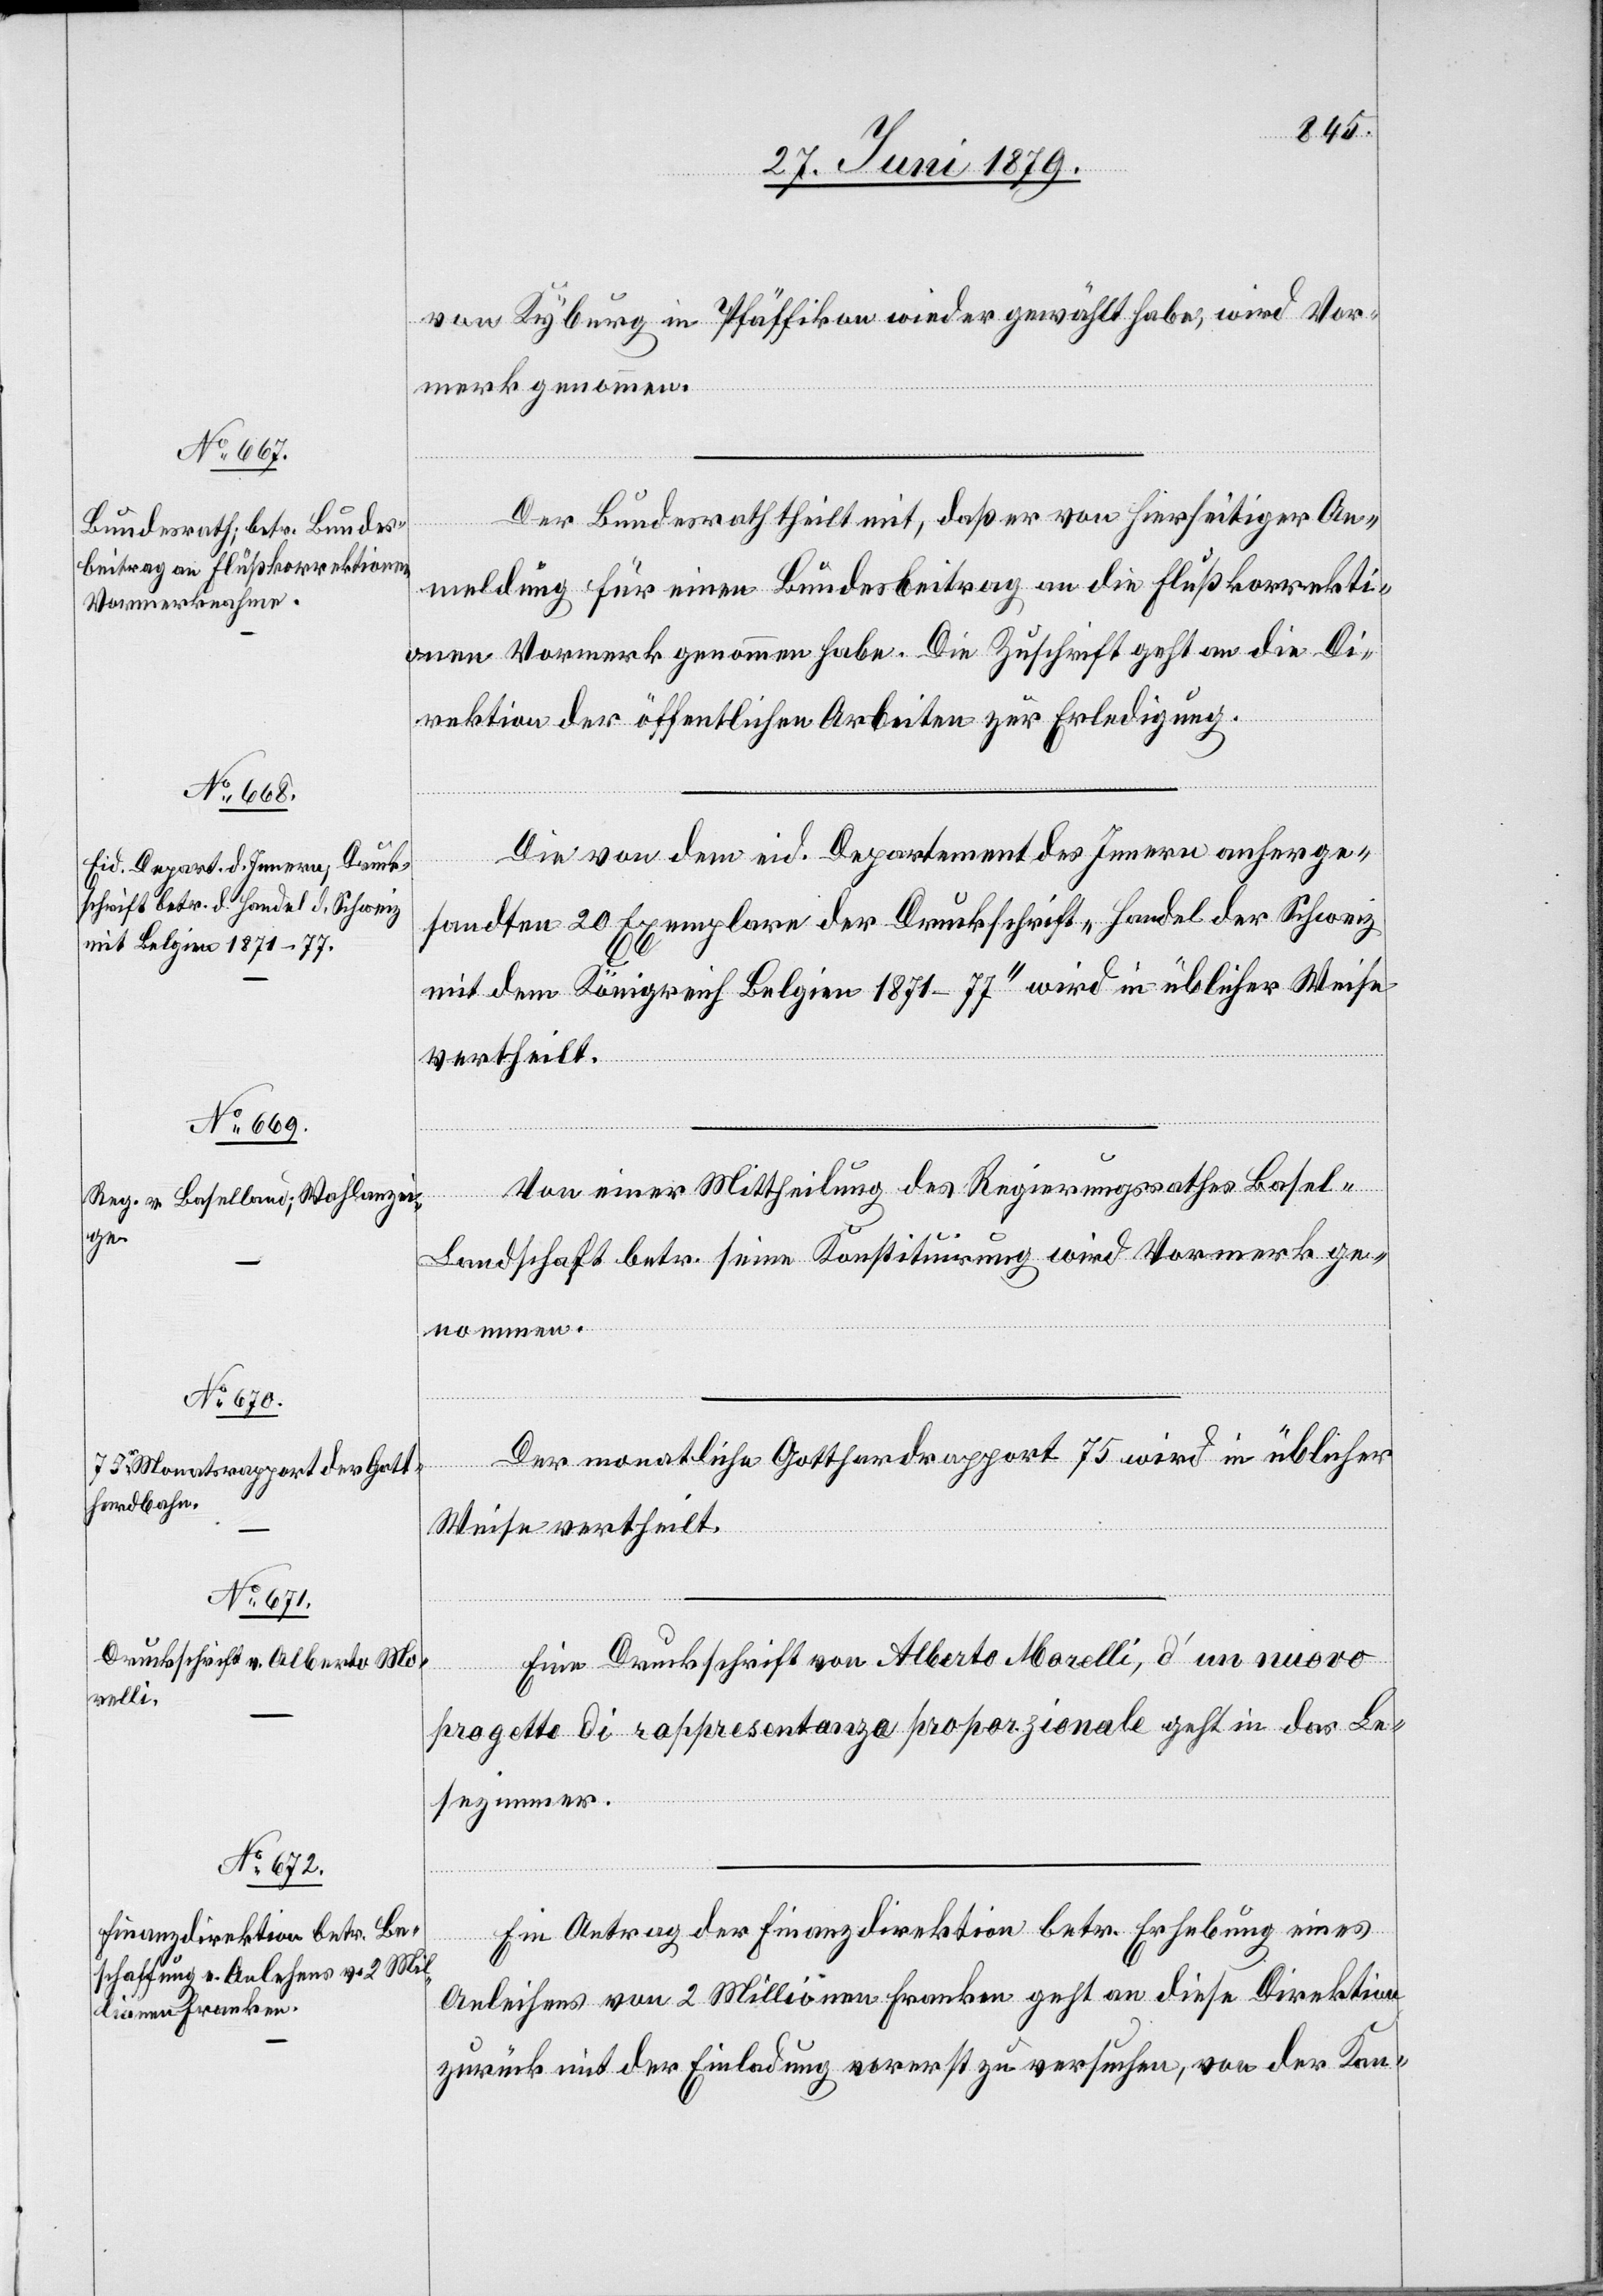
von Kyburg in Pfäffikon wieder gewählt habe, wird Vor¬
merk genommen.
Der Bundesrath theilt mit, daß er von hierseitiger An¬
meldung für einen Bundesbeitrag an die Flußkorrekti¬
onen Vormerk genommen habe. Die Zuschrift geht an die Di¬
rektion der öffentlichen Arbeiten zur Erledigung.
Die von dem eid. Departement des Innern anherge¬
sandten 20 Exemplare der Druckschrift „Handel der Schweiz
mit dem Königreich Belgien 1871–77“ wird in üblicher Weise
vertheilt.
Von einer Mittheilung des Regierungsrathes Basel-L¬
andschaft betr. seine Konstituirung wird Vormerk ge¬
nommen.
Der monatliche Gotthardrapport 75 wird in üblicher
Weise vertheilt.
Eine Druckschrift von Alberto Morelli, d’un nuovo
progetto di rappresentanza proporzionale geht in das Le¬
sezimmer.
Ein Antrag der Finanzdirektion betr. Erhebung eines
Anleihens von 2 Millionen Franken geht an diese Direktion
zurück mit der Einladung vorerst zu versuchen, von der Kan-